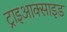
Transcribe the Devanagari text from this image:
ट्राइआक्साइड